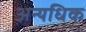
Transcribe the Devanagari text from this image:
अन्यधिक